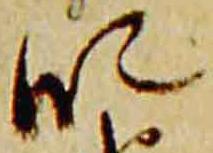
段